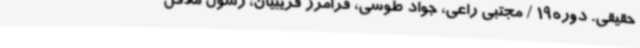
حقیقی. دوره19 / مجتبی راعی، جواد طوسی، فرامرز قریبیان، رسول ملاقل